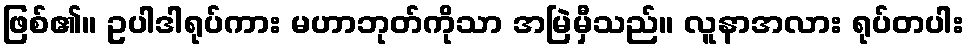
ဖြစ်၏။ ဥပါဒါရုပ်ကား မဟာဘုတ်ကိုသာ အမြဲမှီသည်။ လူနာအလား ရုပ်တပါး